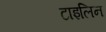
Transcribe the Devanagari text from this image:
टाइलिन